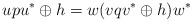
\begin{align*}upu^* \oplus h = w(vqv^*\oplus h)w^*\end{align*}